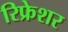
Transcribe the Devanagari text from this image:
रिफ्रेशर